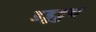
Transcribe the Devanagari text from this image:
डड्ढड्डद्म